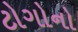
ટોગોનો